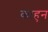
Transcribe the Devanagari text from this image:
काहुन